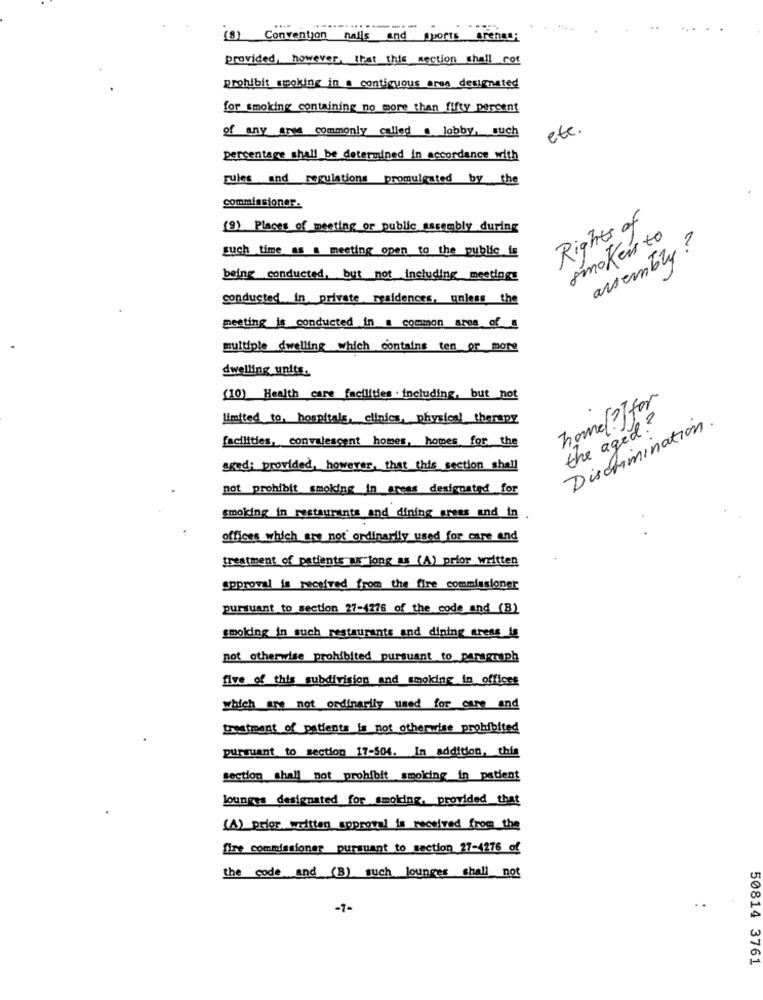
-----
....
(8) Convention nails
walls and
Sports arengo:
provided, however, that this section shall not
prohibit smoking in a contiguous ares designated
for smoking containing no more than fifty percent
of any arse commonly called . lobby, such
etc.
percentage shall be determined in accordance with
rules and regulations promulgated by the
commissioner.
Rights of
(9) Places of meeting or public assembly during
smokers to
assembly ?
such time as a meeting open to the public is
being conducted, but not including meetings
conducted in private residences, unless the
peeting is conducted in a common area of
multiple dwelling which contains ten or more
dwelling units.
(10) Health care facilities . including, but not
home/?] for
limited to, hospitals, clinics, physical therapy
the aged?
Discrimination.
facilities, convalescent homes, homes for the
aged: provided, however, that this section shall
not prohibit smoking in areas designated for
smoking in restaurants and dining gress and in .
offices which are not' ordinarily used for care and
treatment of patients a long as (A) prior written
approval is received from the fire commissioner
pursuant to section 27-4276 of the code and (B)
smoking in such restaurants and dining areas is
not otherwise prohibited pursuant to_paragraph
five of this subdivision and smoking in offices
which are not ordinarily used for care and
treatment of patients is not otherwise prohibited
pursuant to section 17-504. In addition, this
section shall not prohibit smoking in patient
lounges designated for smoking, provided that
(A) prior written approval is received from_the
fire commissioner pursuant to section 27-4276 of
the code and (3) such lounges shall not
-1-
50814 3761